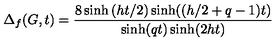
\Delta _ { f } ( G , t ) = \frac { 8 \sinh \left( h t / 2 \right) \sinh ( ( h / 2 + q - 1 ) t ) } { \sinh ( q t ) \sinh ( 2 h t ) }